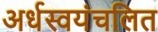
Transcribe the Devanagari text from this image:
अर्धस्वयंचलित